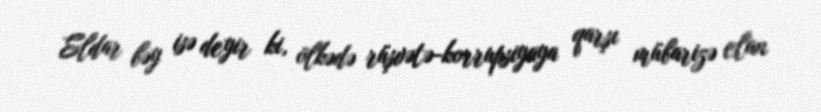
Eldar bəy isə deyir ki, ölkədə rüşvətə-korrupsiyaya qarşı mübarizə elan